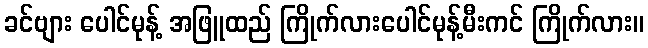
ခင်ဗျား ပေါင်မုန့် အဖြူထည် ကြိုက်လားပေါင်မုန့်မီးကင် ကြိုက်လား။